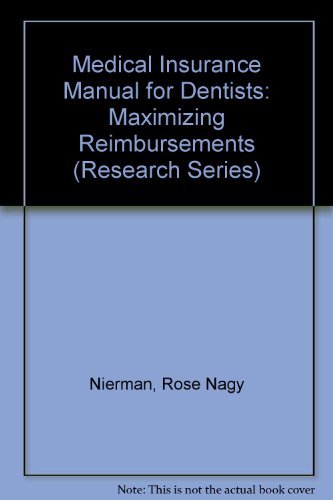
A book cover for Medical Insurance Manual for Dentists: Maximizing Reimbursements (Research Series); Rose Nagy Nierman; Medical Books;